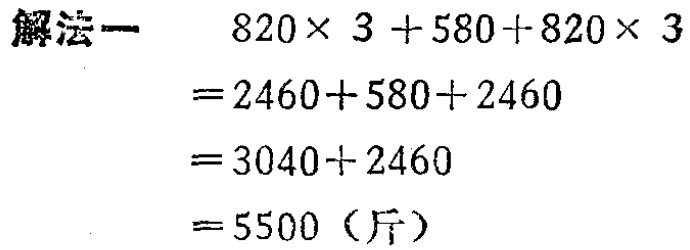
\[
\begin{align*}
&820\times 3 + 580 + 820\times 3\\
=&2460 + 580 + 2460\\
=&3040 + 2460\\
=&5500\ (\text{斤})
\end{align*}
\]